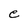
Character: e